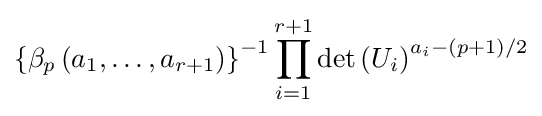
\left\{\beta _{p}\left(a_{1},\ldots ,a_{r+1}\right)\right\}^{-1}\prod _{i=1}^{r+1}\det \left(U_{i}\right)^{a_{i}-(p+1)/2}